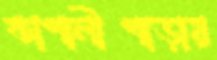
কাপালীপাড়ায়